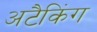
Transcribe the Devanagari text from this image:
अटैकिंग